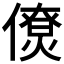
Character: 𠏗